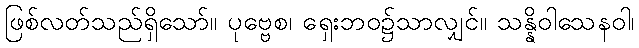
ဖြစ်လတ်သည်ရှိသော်။ ပုဗ္ဗေစ၊ ရှေးဘဝ၌သာလျှင်။ သန္နိဝါသေနဝါ၊